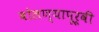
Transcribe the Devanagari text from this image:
बोलण्यापूर्वी